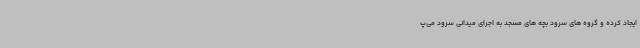
ایجاد کرده و گروه های سرود بچه های مسجد به اجرای میدانی سرود می‌پ